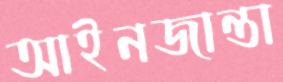
আইনজান্তা